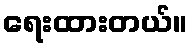
ရေးထားတယ်။